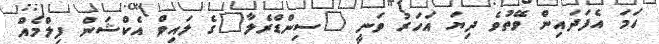
ހަމަ އެފަދައިން ވޭތުވެ ދިޔަ އަހަރު ވަނީ "ސިންޑްރެލާ"ގެ ލައިވް އެކްޝަން ފިލްމެއް